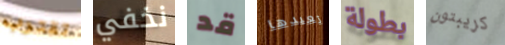
تقترب نخفي قد تعيدها بطولة كريبتون